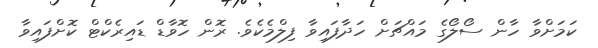
ކަމަށްވާ ހާން ސޯލޯގެ މައްޗަށް ހަދާފައިވާ ފިލްމެކެވެ. ރޮން ހޮވާޑް ޑައިރެކްޓް ކޮށްފައިވާ